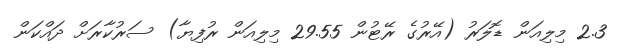
2.3 މިލިއަން ޑޮލަރު (އޭރުގެ ރޭޓުން 29.55 މިލިއަން ރުފިޔާ) ސަރުކާރަށް ދައްކަން